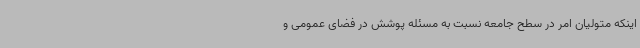
اینکه متولیان امر در سطح جامعه نسبت به مسئله پوشش در فضای عمومی و